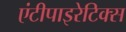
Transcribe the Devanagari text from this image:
एंटीपाइरेटिक्स